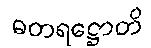
ဓတရဋ္ဌောတိ